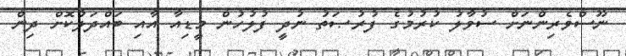
ނޫސްވެރިންނަށް ސުވާލު ކުރުމުގެ ފުރުޞަތު ނުދީ ފުލުހުން މީޑިއާ އާއި ބައްދަލުކޮށް ދިން